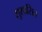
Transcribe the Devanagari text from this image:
सुशासित